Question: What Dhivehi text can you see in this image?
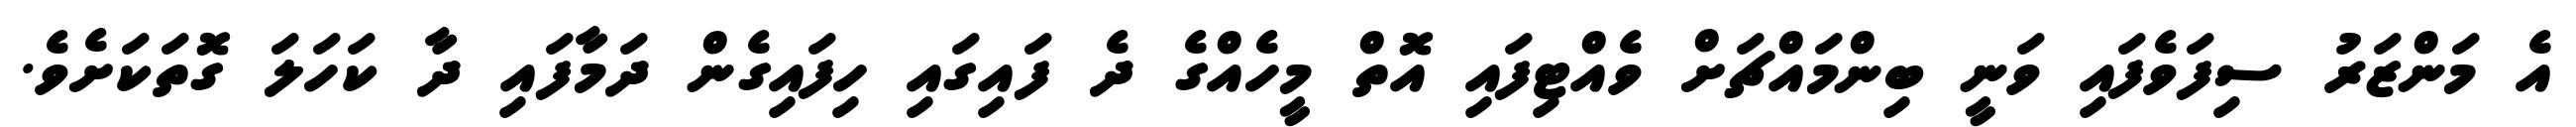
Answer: އެ މަންޒަރު ސިފަވެފައި ވަނީ ބިންމައްޗަށް ވެއްޓިފައި އޮތް މީހެއްގެ ދެ ފައިގައި ހިފައިގެން ދަމާފައި ދާ ކަހަލަ ގޮތަކަށެވެ.